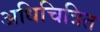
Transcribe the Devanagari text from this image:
अधिचित्रित